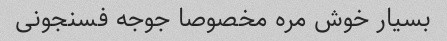
بسیار خوش مره مخصوصا جوجه فسنجونی